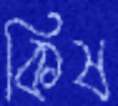
কিষ